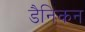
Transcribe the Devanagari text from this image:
डैनिकन